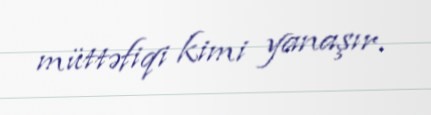
müttəfiqi kimi yanaşır.